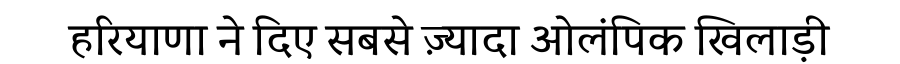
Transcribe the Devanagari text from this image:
हरियाणा ने दिए सबसे ज़्यादा ओलंपिक खिलाड़ी